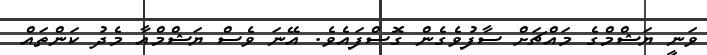
ވަނީ ޔަޝްމްގެ މައްޗަށް ސާފުވެގެން ގޮސްފައެވެ. އޭނަ ވެސް ޔަޝްމްއާ މެދު ކަންތައް